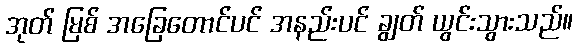
အုတ် မြစ် အခြေတောင်ပင် အနည်းပင် ချွတ် ယွင်းသွားသည်။